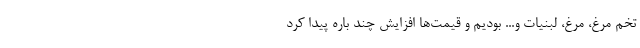
تخم مرغ، مرغ، لبنیات و... بودیم و قیمت‌ها افزایش چند باره پیدا کرد